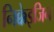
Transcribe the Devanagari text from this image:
निक्केइजिन